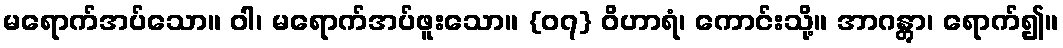
မရောက်အပ်သော။ ဝါ၊ မရောက်အပ်ဖူးသော။ {၀၇} ဝိဟာရံ၊ ကောင်းသို့။ အာဂန္တွာ၊ ရောက်၍။